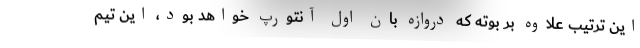
این ترتیب علاوه بر بوته که دروازه بان اول آنتورپ خواهد بود، این تیم